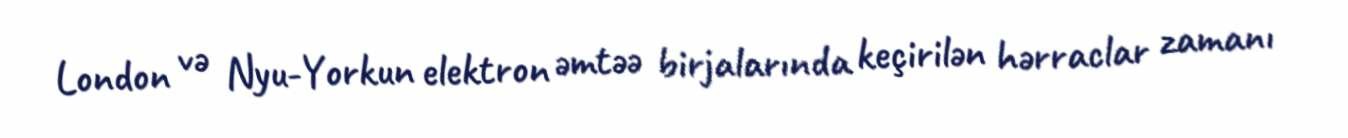
London və Nyu-Yorkun elektron əmtəə birjalarında keçirilən hərraclar zamanı